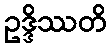
ဥဒ္ဒိဿတိ